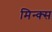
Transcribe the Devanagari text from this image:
मिन्क्स